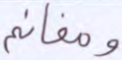
ومغانم